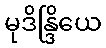
မုဒိန္ဒြိယေ